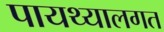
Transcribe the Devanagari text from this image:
पायथ्यालगत